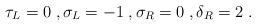
\begin{align*}\begin{gathered}\tau_L = 0 \;, \sigma_L = -1 \;, \sigma_R = 0 \;, \delta_R = 2 \;.\end{gathered}\end{align*}